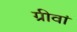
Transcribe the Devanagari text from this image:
ग्रीवां